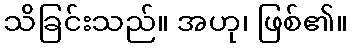
သိခြင်းသည်။ အဟု၊ ဖြစ်၏။